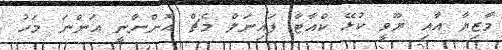
މާޒިޔާ އާއި ޔޫވީ ކުޅޭ ކްއާޓާ ފައިނަލް މެޗް އޮންނާނީ އަންނަ މަހު